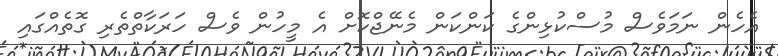
އެހެން ނަމަވެސް މުސްކުޅިންގެ ކަންކަން މެނޭޖްކޮށް އެ މީހުން ވެސް ހަރަކާތްތެރި ގޮތެއްގައި